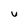
Character: u